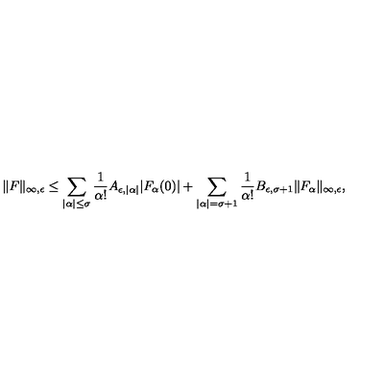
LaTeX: \| F \| _ { \infty , \epsilon } \leq \sum _ { | \alpha | \leq \sigma } \frac { 1 } { \alpha ! } A _ { \epsilon , | \alpha | } | F _ { \alpha } ( 0 ) | + \sum _ { | \alpha | = \sigma + 1 } \frac { 1 } { \alpha ! } B _ { \epsilon , \sigma + 1 } \| F _ { \alpha } \| _ { \infty , \epsilon } ,